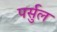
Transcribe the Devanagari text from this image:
पर्सुल